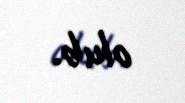
olub.